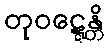
တုဝဋ္ဋေန္တိ